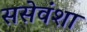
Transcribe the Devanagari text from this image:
ससेवंशा